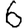
Digit: 6